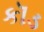
કૉડ